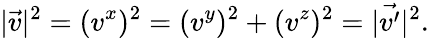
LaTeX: |\vec{v}|^{2}=(v^{x})^{2}=(v^{y})^{2}+(v^{z})^{2}=|\vec{v^{\prime}}|^{2}.